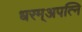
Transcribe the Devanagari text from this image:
धरम्अपत्नि